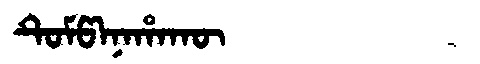
Manchu: ᡨᡠᠮᡦᠠᠨᠠᡥᠠᡴᡡ
Romanization: TUMPANAHAKŪ